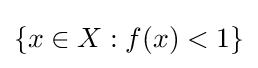
\{x\in X:f(x)<1\}